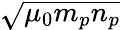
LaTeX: \sqrt{\mu_{0}m_{p}n_{p}}